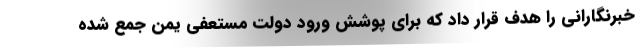
خبرنگارانی را هدف قرار داد که برای پوشش ورود دولت مستعفی یمن جمع شده